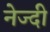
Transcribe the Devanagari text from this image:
नेज्दी